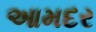
આમદર